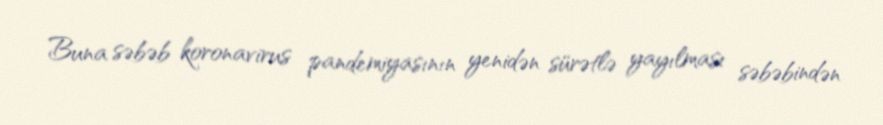
Buna səbəb koronavirus pandemiyasının yenidən sürətlə yayılması səbəbindən